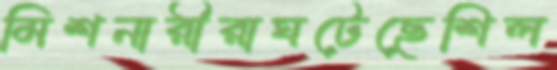
মিশনারীরাঘটেছেশিল